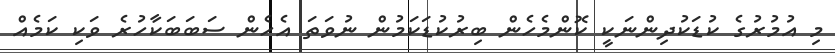
މި އުމުރުގެ ކުޑަކުދިންނަކީ ކޮންމެހެން ބިރުކުޑަކަމުން ނުވަތަ އެހެން ސަބަބަކާހުރެ ވަކި ކަމެއް